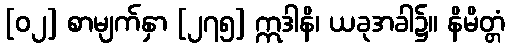
[၀၂] စာမျက်နှာ [၂၇၅] ဣဒါနိ၊ ယခုအခါ၌။ နိမိတ္တံ